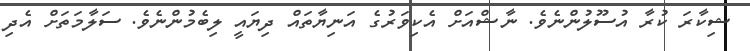
ޝިކާރަ ކުރާ އުސޫލުންނެވެ. ނާޝްއަށް އެކިވަރުގެ އަނިޔާތައް ދިޔައީ ލިބެމުންނެވެ. ސަލާމަތަށް އެދި